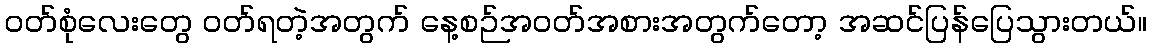
ဝတ်စုံလေးတွေ ဝတ်ရတဲ့အတွက် နေ့စဉ်အဝတ်အစားအတွက်တော့ အဆင်ပြန်ပြေသွားတယ်။